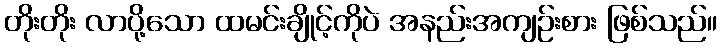
တိုးတိုး လာပို့သော ထမင်းချိုင့်ကိုပဲ အနည်းအကျဉ်းစား ဖြစ်သည်။